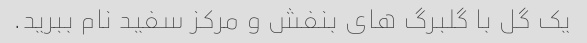
یک گل با گلبرگ های بنفش و مرکز سفید نام ببرید.